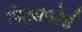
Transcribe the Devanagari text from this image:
पिट्सफोर्ड